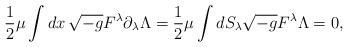
LaTeX: \begin{align*}{1\over2}\mu\int dx\, \sqrt{-g}F^\lambda\partial_\lambda\Lambda={1\over2}\mu\int dS_\lambda \sqrt{-g} F^\lambda\Lambda=0,\end{align*}